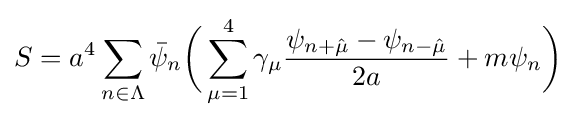
S=a^{4}\sum _{n\in \Lambda }{\bar {\psi }}_{n}{\bigg (}\sum _{\mu =1}^{4}\gamma _{\mu }{\frac {\psi _{n+{\hat {\mu }}}-\psi _{n-{\hat {\mu }}}}{2a}}+m\psi _{n}{\bigg )}